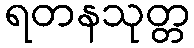
ရတနသုတ္တ